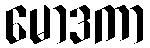
မောဒကာ